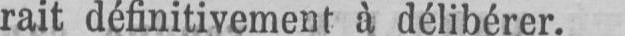
rait définitivement à délibérer.